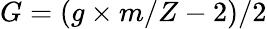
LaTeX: G=(g\times m/Z-2)/2